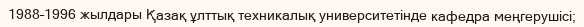
1988–1996 жылдары Қазақ ұлттық техникалық университетінде кафедра меңгерушісі;